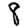
Digit: 8